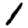
Digit: 1